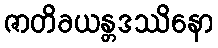
ဇာတိခယန္တဒဿိနော